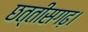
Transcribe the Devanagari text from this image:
छत्तीसगढ़।